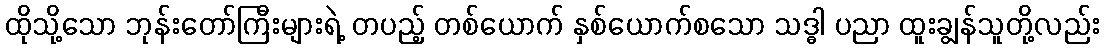
ထိုသို့သော ဘုန်းတော်ကြီးများရဲ့ တပည့် တစ်ယောက် နှစ်ယောက်စသော သဒ္ဓါ ပညာ ထူးချွန်သူတို့လည်း